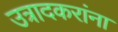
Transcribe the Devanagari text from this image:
उत्रादकरांना